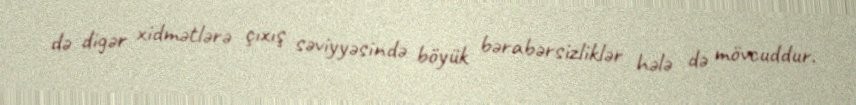
də digər xidmətlərə çıxış səviyyəsində böyük bərabərsizliklər hələ də mövcuddur.